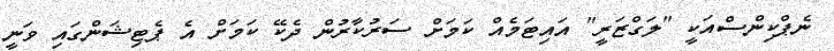
ނެޕްކިންސްއަކީ "ލަގްޒަރީ" އައިޓަމެއް ކަމަށް ސަރުކާރުން ދެކޭ ކަމަށް އެ ޕެޓިޝަންގައި ވަނީ